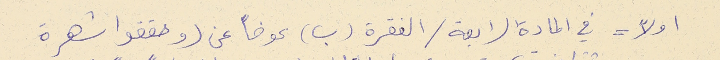
اولاً = في المادة الرابعة / الفقرة (ب) عوضاً عن (وحققوا شهرة